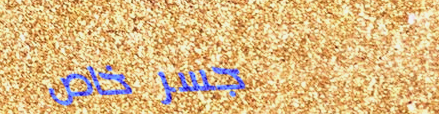
جسر خاص